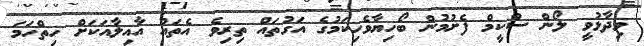
ވިދާޅުވީ ލޯން ސްކީމް ފެށުމުން ބޯހިޔާވެހިކަމުގެ އަގުތައް ތިރިވެ އެތައް އާއިލާއަކަށް ހިތްހަމަ